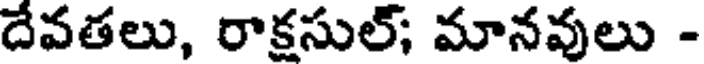
దేవతలు, రాక్షసుల్; మానవులు -